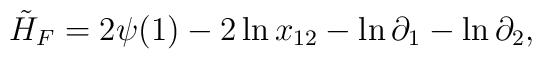
\tilde H_F = 2 \psi (1) - 2 \ln x_{12} - \ln \partial_1 - \ln\partial_2,